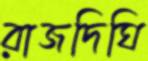
রাজদিঘি